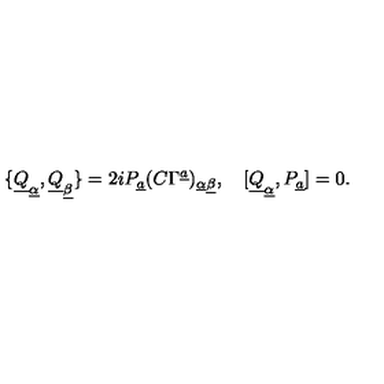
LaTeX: \{ \underline { Q } _ { \underline { \alpha } } , \underline { Q } _ { \underline { \beta } } \} = 2 i P _ { \underline { a } } ( C \Gamma ^ { \underline { a } } ) _ { \underline { \alpha } \underline { \beta } } , \quad [ \underline { Q } _ { \underline { \alpha } } , P _ { \underline { a } } ] = 0 .